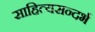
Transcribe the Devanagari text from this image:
साहित्यसन्दर्भ